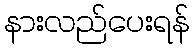
နားလည်ပေးရန်